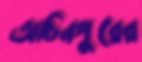
অচিনপুরের